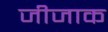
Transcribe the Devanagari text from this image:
जीजाक